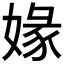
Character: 𡟇